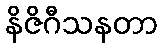
နိဇိဂီသနတာ